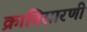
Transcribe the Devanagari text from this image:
क्रांतिसारणी